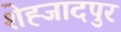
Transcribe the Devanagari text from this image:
शेह्जादपुर